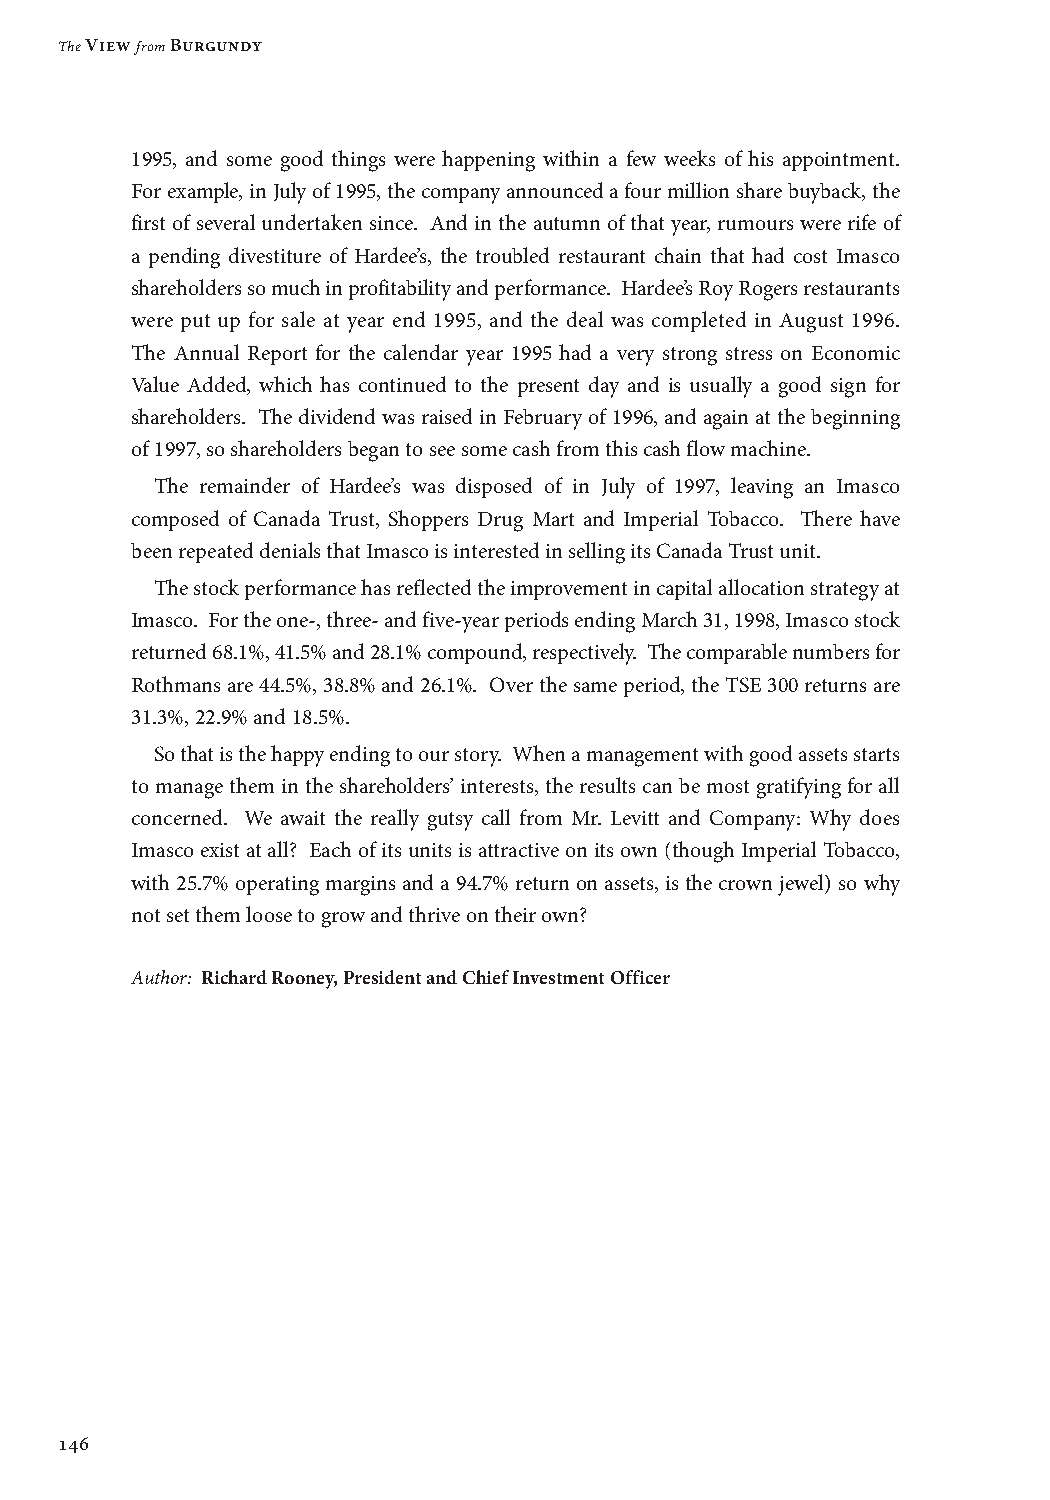
The View from Burgundy
 1995, and some good things were happening within a few weeks of his appointment.
 For example, in July of 1995, the company announced a four million share buyback, the
 first of several undertaken since. And in the autumn of that year, rumours were rife of
 a pending divestiture of Hardee’s, the troubled restaurant chain that had cost Imasco
 shareholders so much in profitability and performance. Hardee’s Roy Rogers restaurants
 were put up for sale at year end 1995, and the deal was completed in August 1996.
 The Annual Report for the calendar year 1995 had a very strong stress on Economic
 Value Added, which has continued to the present day and is usually a good sign for
 shareholders. The dividend was raised in February of 1996, and again at the beginning
 of 1997, so shareholders began to see some cash from this cash flow machine.
 The remainder of Hardee’s was disposed of in July of 1997, leaving an Imasco
 composed of Canada Trust, Shoppers Drug Mart and Imperial Tobacco. There have
 been repeated denials that Imasco is interested in selling its Canada Trust unit.
 The stock performance has reflected the improvement in capital allocation strategy at
 Imasco. For the one-, three- and five-year periods ending March 31, 1998, Imasco stock
 returned 68.1%, 41.5% and 28.1% compound, respectively. The comparable numbers for
 Rothmans are 44.5%, 38.8% and 26.1%. Over the same period, the TSE 300 returns are
 31.3%, 22.9% and 18.5%.
 So that is the happy ending to our story. When a management with good assets starts
 to manage them in the shareholders’ interests, the results can be most gratifying for all
 concerned. We await the really gutsy call from Mr. Levitt and Company: Why does
 Imasco exist at all? Each of its units is attractive on its own (though Imperial Tobacco,
 with 25.7% operating margins and a 94.7% return on assets, is the crown jewel) so why
 not set them loose to grow and thrive on their own?
 Author: R ichard Rooney, President and Chief Investment Officer
 146